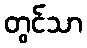
တွင်သာ